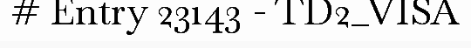
# Entry 23143 - TD2_VISA